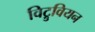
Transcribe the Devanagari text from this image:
विट्रुवियन